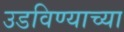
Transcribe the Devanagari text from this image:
उडविण्याच्या